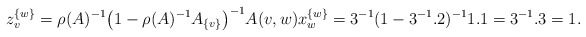
\begin{align*}z^{\{w\}}_v=\rho(A)^{-1}\big(1-\rho(A)^{-1}A_{\{v\}}\big)^{-1}A(v,w)x^{\{w\}}_w=3^{-1}(1-3^{-1}.2)^{-1}1.1=3^{-1}.3=1.\end{align*}